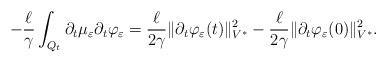
LaTeX: \begin{align*} - \frac{\ell}{\gamma} \int_{Q_t} \partial_t \mu_{\varepsilon} \partial_t \varphi_{\varepsilon} = \frac{\ell}{2\gamma} \| \partial_t \varphi_{\varepsilon} (t) \|^2_{V^*} - \frac{\ell}{2\gamma} \| \partial_t \varphi_{\varepsilon}(0) \|^2_{V^*} .\end{align*}